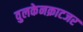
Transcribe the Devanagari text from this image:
वुलकेनक्राटजर